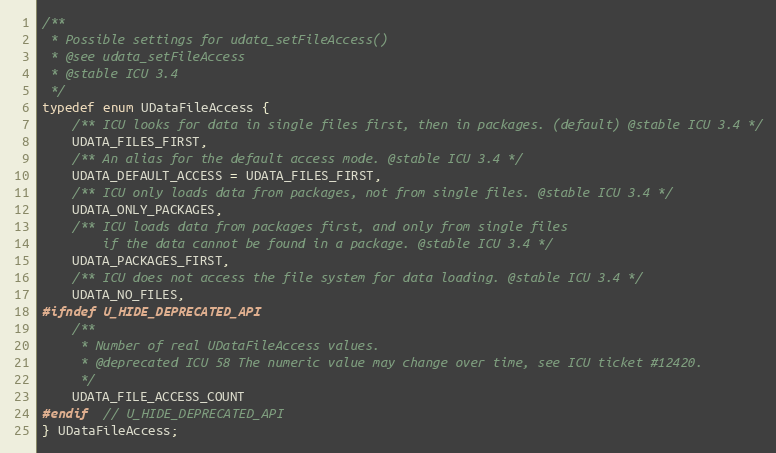
Language: C
/**
 * Possible settings for udata_setFileAccess()
 * @see udata_setFileAccess
 * @stable ICU 3.4
 */
typedef enum UDataFileAccess {
    /** ICU looks for data in single files first, then in packages. (default) @stable ICU 3.4 */
    UDATA_FILES_FIRST,
    /** An alias for the default access mode. @stable ICU 3.4 */
    UDATA_DEFAULT_ACCESS = UDATA_FILES_FIRST,
    /** ICU only loads data from packages, not from single files. @stable ICU 3.4 */
    UDATA_ONLY_PACKAGES,
    /** ICU loads data from packages first, and only from single files
        if the data cannot be found in a package. @stable ICU 3.4 */
    UDATA_PACKAGES_FIRST,
    /** ICU does not access the file system for data loading. @stable ICU 3.4 */
    UDATA_NO_FILES,
#ifndef U_HIDE_DEPRECATED_API
    /**
     * Number of real UDataFileAccess values.
     * @deprecated ICU 58 The numeric value may change over time, see ICU ticket #12420.
     */
    UDATA_FILE_ACCESS_COUNT
#endif  // U_HIDE_DEPRECATED_API
} UDataFileAccess;